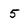
Character: 5